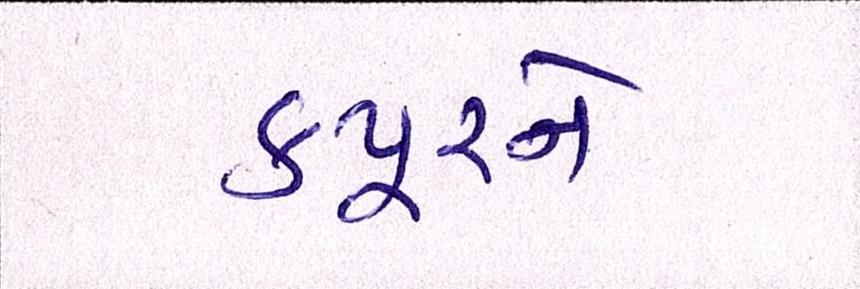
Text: કપૂરને